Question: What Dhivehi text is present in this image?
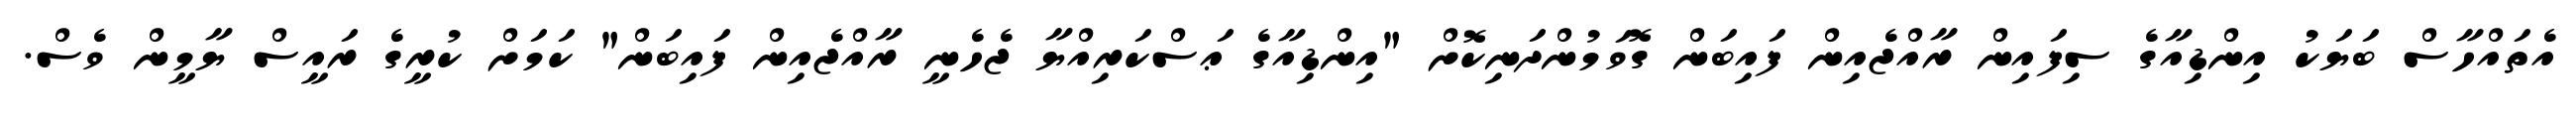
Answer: އެތައްހާސް ބަޔަކު އިންޑިއާގެ ސިފައިން ރާއްޖެއިން ފައިބަން ގޮވަމުންދަނިކޮށް "އިންޑިއާގެ ޢަސްކަރިއްޔާ ޖެހެނީ ރާއްޖެއިން ފައިބަން" ކަމަށް ކުރީގެ ރައީސް ޔާމީން ވެސް.